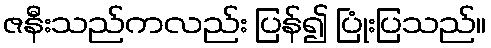
ဇနီးသည်ကလည်း ပြန်၍ ပြုံးပြသည်။